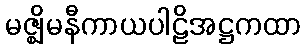
မဇ္ဈိမနီကာယပါဠိအဋ္ဌကထာ